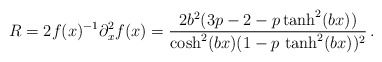
\begin{align*}R=2f(x)^{-1}\partial_x^2 f(x)=\frac{2b^2(3p-2-p \tanh^2(bx))}{\cosh^2(bx)(1-p\,\tanh^2(bx))^2} \,.\end{align*}